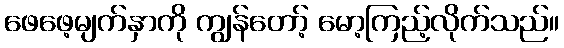
ဖေဖေ့မျက်နှာကို ကျွန်တော့် မော့ကြည့်လိုက်သည်။